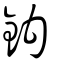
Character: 鈎